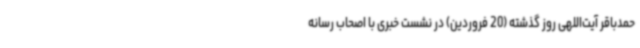
حمدباقر آیت‌اللهی روز گذشته (20 فروردین) در نشست خبری با اصحاب رسانه